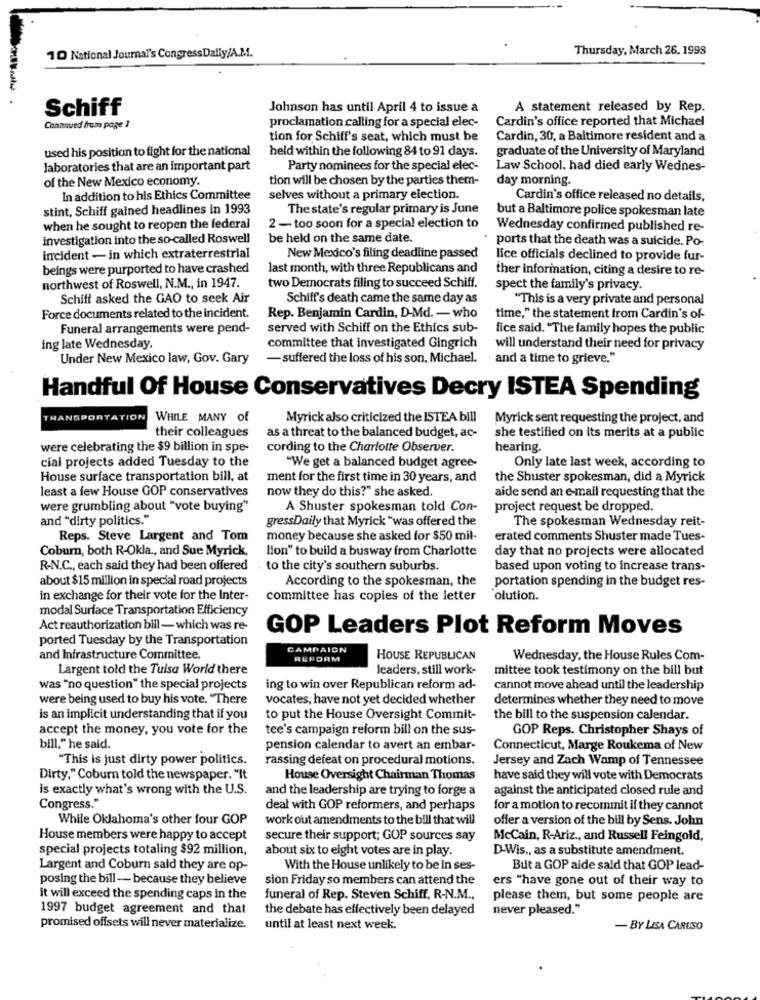
10 National Journal's CongressDally/A.M ..
Thursday, March 26. 1998
Schiff
Johnson has until April 4 to issue a
A statement released by Rep.
proclamation calling for a special elec-
Cardin's office reported that Michael
Contaved from page ]
tion for Schiff's seat, which must be
Cardin, 30, a Baltimore resident and a
used his position to fight for the national
held within the following 84 to 91 days.
graduate of the University of Maryland
laboratories that are an important part
Party nominees for the special elec-
Law School, had died early Wednes-
of the New Mexico economy.
tion will be chosen by the parties them-
day morning.
In addition to his Ethics Committee
selves without a primary election.
Cardin's office released no details,
stint, Schiff gained headlines in 1993
The state's regular primary is June
but a Baltimore police spokesman late
when he sought to reopen the federal
2 -too soon for a special election to
Wednesday confirmed published re-
investigation into the so-called Roswell
be held on the same date.
ports that the death was a suicide. Po-
incident - in which extraterrestrial
New Mexico's filing deadline passed
lice officials declined to provide fur-
beings were purported to have crashed
last month, with three Republicans and
ther information, citing a desire to re-
northwest of Roswell, N.M ., in 1947.
two Democrats filing to succeed Schiff.
spect the family's privacy.
Schiff asked the GAO to seek Air
Schiff's death came the same day as
"This is a very private and personal
Force documents related to the incident.
Rep. Benjamin Cardin, D-Md. - who
time," the statement from Cardin's of-
Funeral arrangements were pend-
served with Schiff on the Ethics sub-
fice said. "The family hopes the public
ing late Wednesday.
committee that investigated Gingrich
will understand their need for privacy
Under New Mexico law, Gov. Gary
- suffered the loss of his son, Michael.
and a time to grieve."
Handful Of House Conservatives Decry ISTEA Spending
TRANSPORTATION
WHILE MANY of
Myrick also criticized the ISTEA bill
Myrick sent requesting the project, and
their colleagues
as a threat to the balanced budget, ac-
she testified on its merits at a public
were celebrating the $9 billion in spe-
cording to the Charlotte Observer.
hearing.
cial projects added Tuesday to the
"We get a balanced budget agree-
Only late last week, according to
House surface transportation bill, at
ment for the first time in 30 years, and
the Shuster spokesman, did a Myrick
least a few House GOP conservatives
now they do this?" she asked
aide send an e-mail requesting that the
were grumbling about "vote buying"
A Shuster spokesman told Con-
project request be dropped
and "dirty politics."
gressDaily that Myrick "was offered the
The spokesman Wednesday reit-
Reps. Steve Largent and Tom
money because she asked for $50 mil-
erated comments Shuster made Tues-
Coburn, both R-Okla ., and Sue Myrick,
lion" to build a busway from Charlotte
day that no projects were allocated
R.N.C ., each said they had been offered
. to the city's southern suburbs.
based upon voting to increase trans-
about $15 million in special road projects
According to the spokesman, the
portation spending in the budget res-
in exchange for their vote for the Inter-
committee has copies of the letter
olution.
modal Surface Transportation Efficiency
Act reauthorization bill - which was re-
GOP Leaders Plot Reform Moves
ported Tuesday by the Transportation
CAMPAIGN
and Infrastructure Committee.
REFORM
HOUSE REPUBLICAN
Wednesday, the House Rules Com-
Largent told the Tulsa World there
leaders, still work-
mittee took testimony on the bill but
was "no question" the special projects
ing to win over Republican reform ad-
cannot move ahead until the leadership
were being used to buy his vote. "There
vocates, have not yet decided whether
determines whether they need to move
is an implicit understanding that if you
to put the House Oversight Commit-
the bill to the suspension calendar.
accept the money, you vote for the
tee's campaign reform bill on the sus-
GOP Reps. Christopher Shays of
bill," he said.
pension calendar to avert an embar-
Connecticut, Marge Roukema of New
"This is just dirty power politics.
rassing defeat on procedural motions.
Jersey and Zach Wamp of Tennessee
Dirty,"Coburn told the newspaper. "It
House Oversight Chairman Thomas
have said they will vote with Democrats
is exactly what's wrong with the U.S.
and the leadership are trying to forge a
against the anticipated closed rule and
Congress."
deal with GOP reformers, and perhaps
for a motion to recommit if they cannot
While Oklahoma's other four GOP
work out amendments to the bill that will
offer a version of the bill by Sens. John
House members were happy to accept
secure their support; GOP sources say
McCain, R-Ariz ., and Russell Feingold,
special projects totaling $92 million,
about six to eight votes are in play.
D-Wis ., as a substitute amendment.
Largent and Coburn said they are op-
With the House unlikely to be in ses-
But a GOP aide said that GOP lead-
posing the bill - because they believe
sion Friday so members can attend the
ers "have gone out of their way to
it will exceed the spending caps in the
funeral of Rep. Steven Schiff, R-N.M .,
please them, but some people are
1997 budget agreement and that
the debate has effectively been delayed
never pleased."
promised offsets will never materialize.
until at least next week.
- BY LISA CARUSO